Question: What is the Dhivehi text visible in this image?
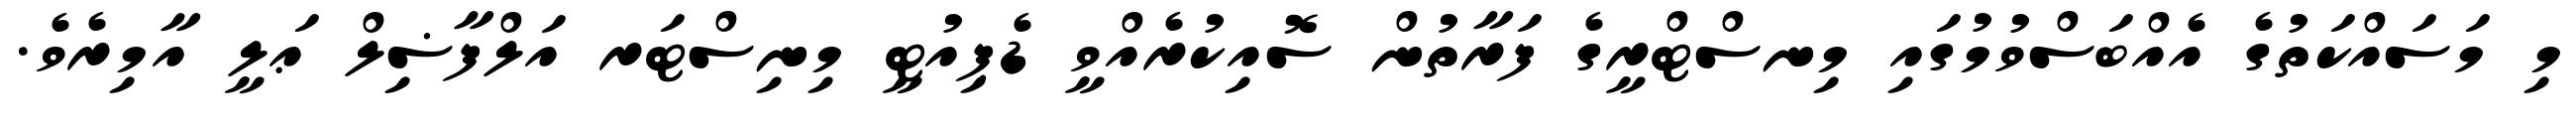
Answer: މި މަސައްކަތުގެ އެއްބަސްވުމުގައި މިނސްޓްރީގެ ފަރާތުން ސޮއިކުރެއްވީ ޑެޕިއުޓީ މިނިސްޓަރ އަލްފާޟިލް ޢަލީ އާމިރެވެ.